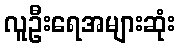
လူဦးရေအများဆုံး